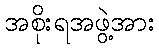
အစိုးရအဖွဲ့အား